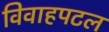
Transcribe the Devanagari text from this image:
विवाहपटल